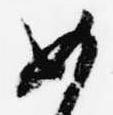
如